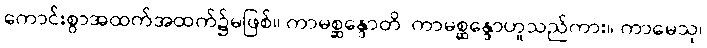
ကောင်းစွာအထက်အထက်၌မဖြစ်။ ကာမစ္ဆန္ဒောတိ၊ ကာမစ္ဆန္ဒောဟူသည်ကား။ ကာမေသု၊